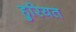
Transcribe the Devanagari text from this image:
हुरियत